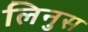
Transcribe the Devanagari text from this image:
लिनुस